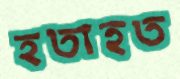
হতাহত